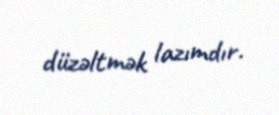
düzəltmək lazımdır.